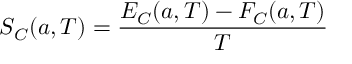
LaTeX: S _ { C } ( a , T ) = { \frac { E _ { C } ( a , T ) - F _ { C } ( a , T ) } { T } }